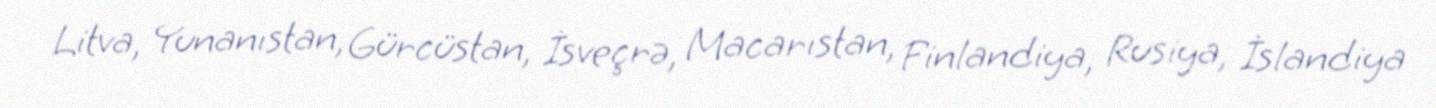
Litva, Yunanıstan, Gürcüstan, İsveçrə, Macarıstan, Finlandiya, Rusiya, İslandiya